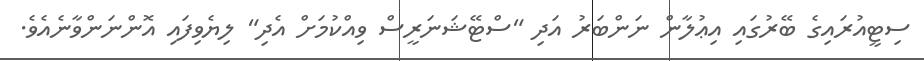
ސިޓީއުރައިގެ ބޭރުގައި އިޢުލާން ނަންބަރު އަދި "ސްޓޭޝަނަރީސް ވިއްކުމަށް އެދި" ލިޔެވިފައި އޮންނަންވާނެއެވެ.